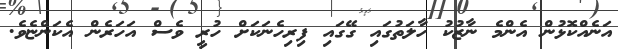
އަނެއްކޮޅުން އެންމެ ނާޒުކު ހާލަތުގައި ގޭގައި ފިރިހެނަކަށް ހުރީ ވެސް އަހަރެން އެކަންޏެވެ.